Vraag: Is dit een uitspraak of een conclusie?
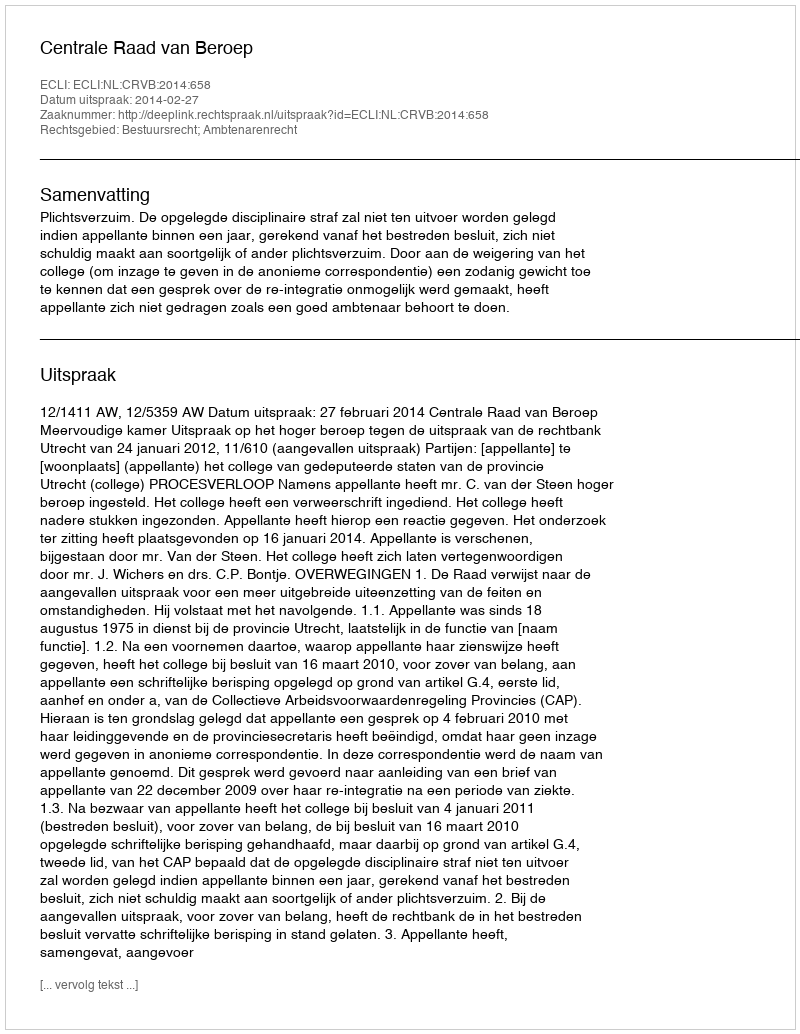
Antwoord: Uitspraak